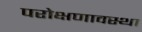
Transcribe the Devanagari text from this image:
परोक्षणावस्था